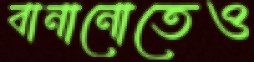
বানানোতেও